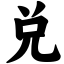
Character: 兑